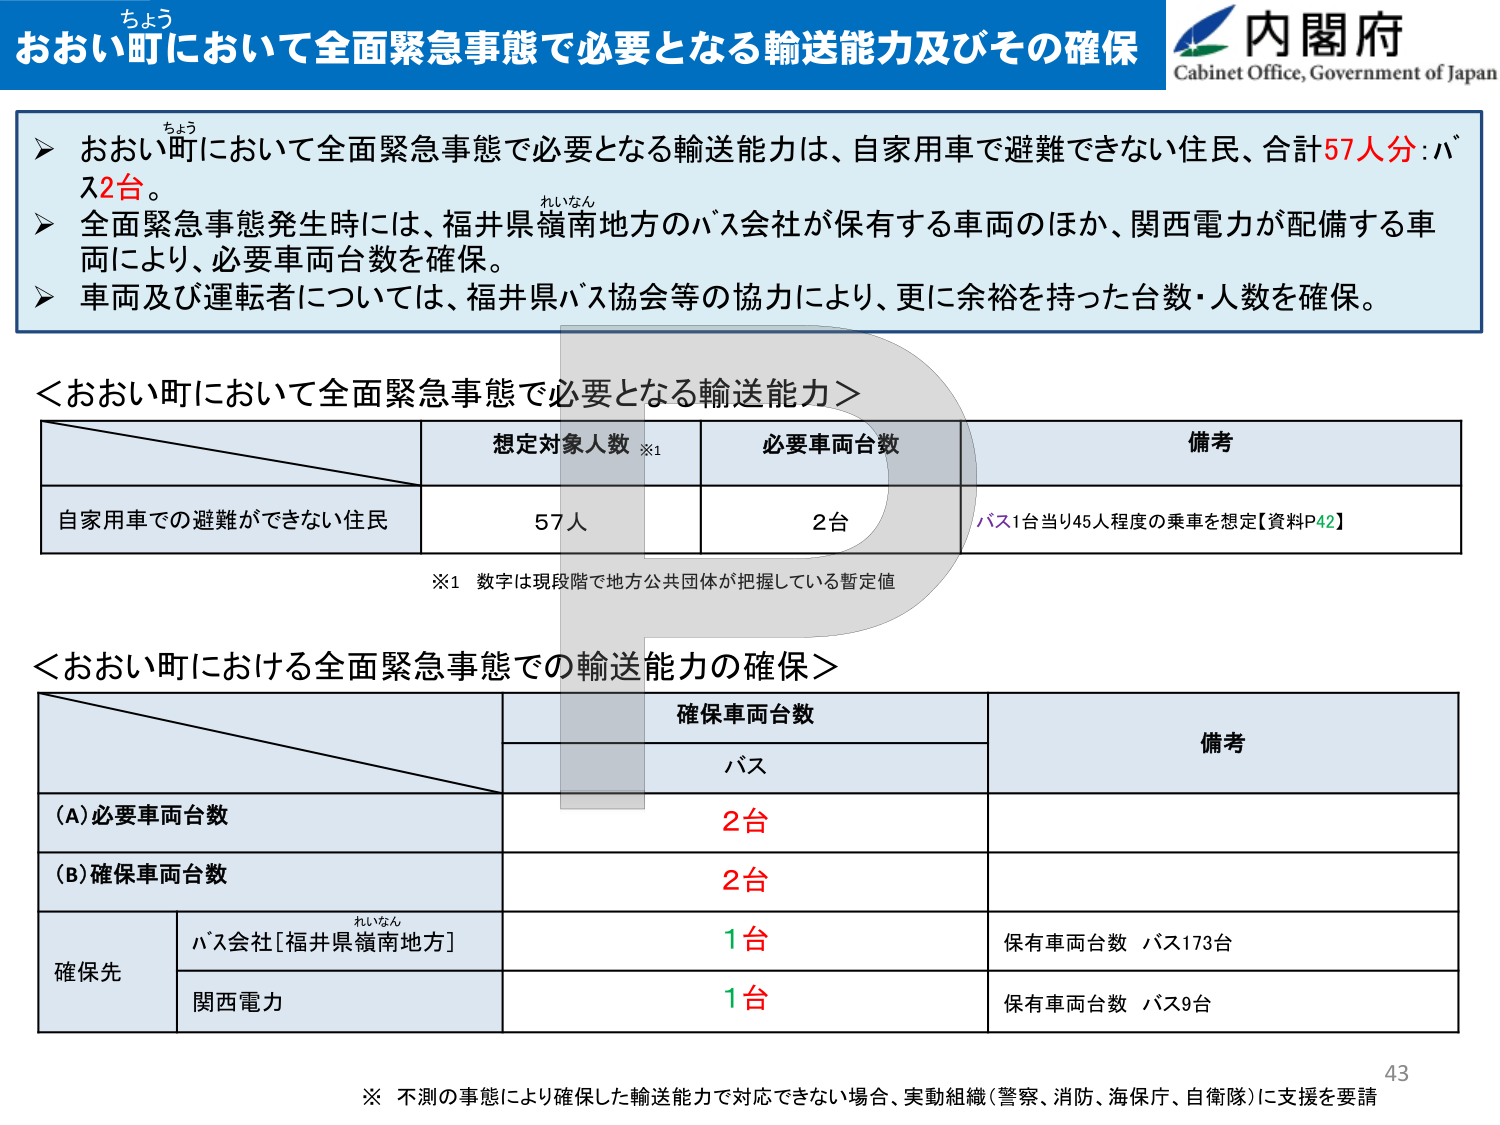
ちょう
おおい町において全面緊急事態で必要となる輸送能力及びその確保
内閣府
Cabinet Office, Government of Japan

➤ おおい町において全面緊急事態で必要となる輸送能力は、自家用車で避難できない住民、合計57人分：バス2台。
➤ 全面緊急事態発生時には、福井県嶺南地方のバス会社が保有する車両のほか、関西電力が配備する車両により、必要車両台数を確保。
➤ 車両及び運転者については、福井県バス協会等の協力により、更に余裕を持った台数・人数を確保。

＜おおい町において全面緊急事態で必要となる輸送能力＞
想定対象人数 ※1　　必要車両台数　　備考
自家用車での避難ができない住民　　57人　　2台　　バス1台当り45人程度の乗車を想定【資料P42】

※1 数字は現段階で地方公共団体が把握している暫定値

＜おおい町における全面緊急事態での輸送能力の確保＞
　　　　　　　　　　　　　　　確保車両台数　　　　　　　　　　　備考
　　　　　　　　　　　　　　　バス
(A)必要車両台数　　　　　　　　2台
(B)確保車両台数　　　　　　　　2台
確保先　　バス会社[福井県嶺南地方]　　1台　　保有車両台数 バス173台
　　　　　関西電力　　　　　　　　1台　　保有車両台数 バス9台

※ 不測の事態により確保した輸送能力で対応できない場合、実動組織（警察、消防、海保庁、自衛隊）に支援を要請
43